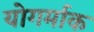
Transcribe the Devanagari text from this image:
योगर्माक